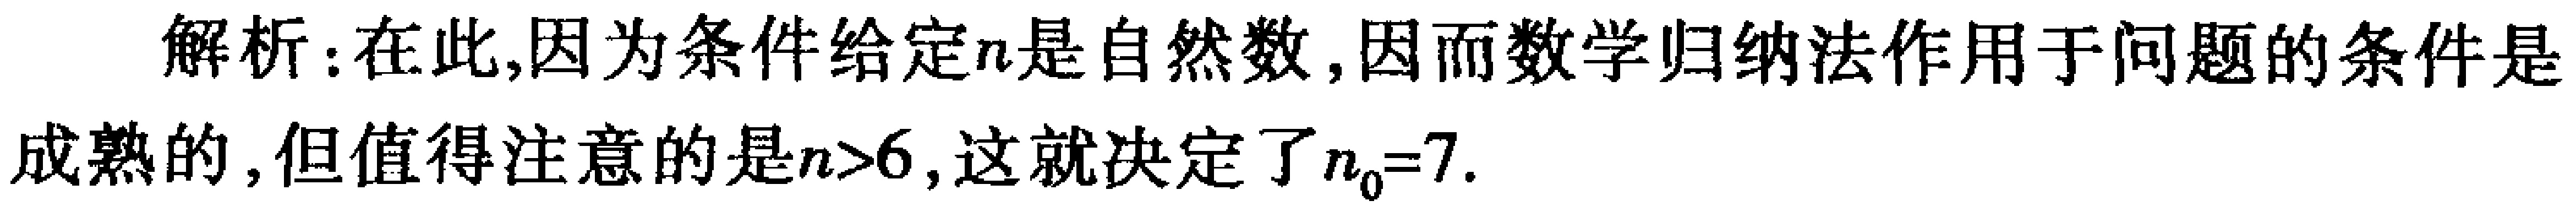
解析：在此,因为条件给定\(n\)是自然数,因而数学归纳法作用于问题的条件是成熟的,但值得注意的是\(n>6\),这就决定了\(n_{0}=7\).